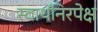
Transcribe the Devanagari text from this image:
स्वार्थनिरपेक्ष